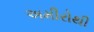
અમીરોથી